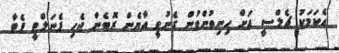
އެކަމަކު ޗެލްސީ އަށް ހިނިތުންވުން ގެނުވީ އާޔެން ރޮބެން ޖެހި ޕެނަލްޓީ ޕެޓާ